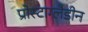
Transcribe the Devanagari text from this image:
प्रोस्टाग्लैडीन